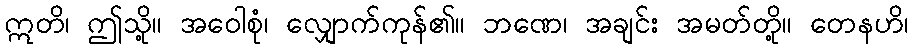
ဣတိ၊ ဤသို့။ အဝေါစုံ၊ လျှောက်ကုန်၏။ ဘဏေ၊ အချင်း အမတ်တို့။ တေနဟိ၊